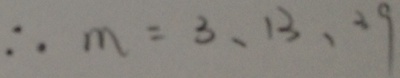
\therefore m = 3 , 1 3 , 3 9